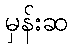
မှန်းဆ